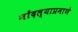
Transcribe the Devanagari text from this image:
नोंदल्याप्रमाणे